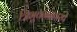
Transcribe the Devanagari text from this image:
त्रिभुवननगरपे